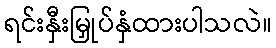
ရင်းနှီးမြှုပ်နှံထားပါသလဲ။